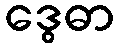
ဒွေဓာ